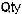
QTY